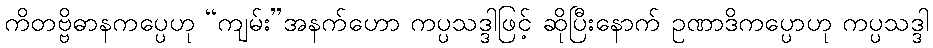
ကိတဗ္ဗိဓာနကပ္ပေဟု “ကျမ်း”အနက်ဟော ကပ္ပသဒ္ဒါဖြင့် ဆိုပြီးနောက် ဥဏာဒိကပ္ပောဟု ကပ္ပသဒ္ဒါ